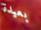
بعيدة